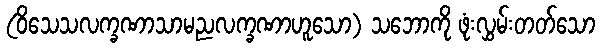
(ဝိသေသလက္ခဏာသာမညလက္ခဏာဟူသော) သဘောကို ဖုံးလွှမ်းတတ်သော